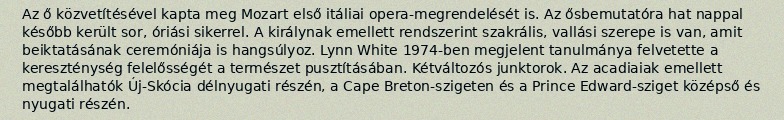
Az ő közvetítésével kapta meg Mozart első itáliai opera-megrendelését is. Az ősbemutatóra hat nappal később került sor, óriási sikerrel. A királynak emellett rendszerint szakrális, vallási szerepe is van, amit beiktatásának ceremóniája is hangsúlyoz. Lynn White 1974-ben megjelent tanulmánya felvetette a kereszténység felelősségét a természet pusztításában. Kétváltozós junktorok. Az acadiaiak emellett megtalálhatók Új-Skócia délnyugati részén, a Cape Breton-szigeten és a Prince Edward-sziget középső és nyugati részén.